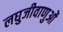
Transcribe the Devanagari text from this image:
लघुजीवाणुओं